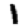
Digit: 1